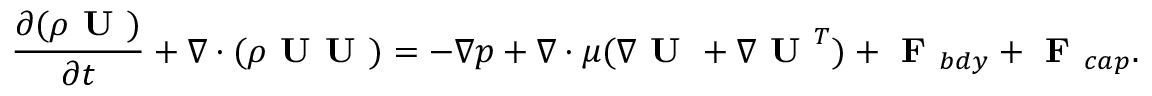
\frac { \partial ( \rho \textbf { U } ) } { \partial t } + \nabla \cdot ( \rho \textbf { U U } ) = - \nabla p + \nabla \cdot \mu ( \nabla \textbf { U } + \nabla \textbf { U } ^ { T } ) + \textbf { F } _ { b d y } + \textbf { F } _ { c a p } .